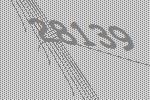
28139